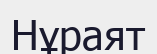
Нұраят